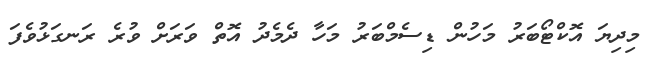
މިދިޔަ އޮކްޓޯބަރު މަހުން ޑިސެމްބަރު މަހާ ދެމެދު އޮތް ވަރަށް ވުރެ ރަނގަޅުވެފަ